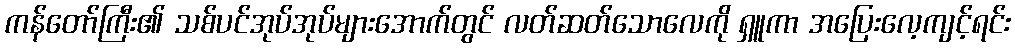
ကန်တော်ကြီး၏ သစ်ပင်အုပ်အုပ်များအောက်တွင် လတ်ဆတ်သောလေကို ရှူကာ အပြေးလေ့ကျင့်ရင်း